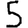
Digit: 5